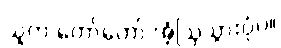
သူက တော်တော် အံ့ဩသွားပုံပဲ။